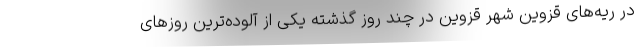
در ریه‌های قزوین شهر قزوین در چند روز گذشته یکی از آلوده‌ترین روزهای